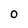
Character: O